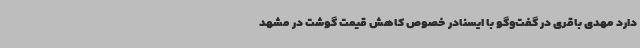
دارد مهدی باقری در گفت‌وگو با ایسنادر خصوص کاهش قیمت گوشت در مشهد